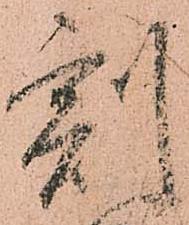
割